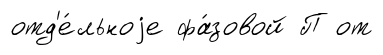
отд'е́льноjе фа́зовой П от